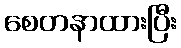
စေတနာထားပြီး